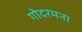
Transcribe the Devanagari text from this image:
गोदरमना